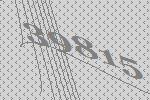
39815